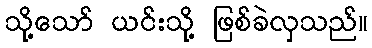
သို့သော် ယင်းသို့ ဖြစ်ခဲလှသည်။